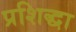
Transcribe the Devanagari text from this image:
प्रशिद्धा